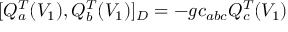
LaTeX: [ Q _ { a } ^ { T } ( V _ { 1 } ) , Q _ { b } ^ { T } ( V _ { 1 } ) ] _ { D } = - g c _ { a b c } Q _ { c } ^ { T } ( V _ { 1 } )